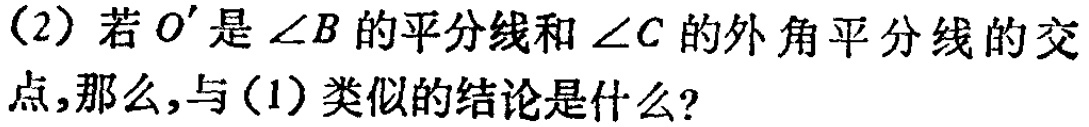
(2) 若 \(O'\) 是 \(\angle B\) 的平分线和 \(\angle C\) 的外角平分线的交点,那么,与(1)类似的结论是什么?